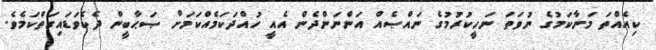
ކިއެއްތަ މަނާކަމުގެ ނުވަތަ ނަހީކުރުމުގެ ނައްޞެއް އަންނަންދެން އެއީ ހުއްދަކަމެއްކަމަށް ޞަޙާބީން ދެކެވަޑައިގަތްކަމެވެ.